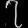
Digit: ၇